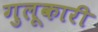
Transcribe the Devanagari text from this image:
गुलूकारी